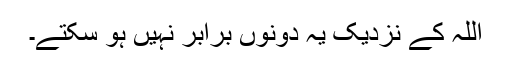
اللہ کے نزدیک یہ دونوں برابر نہیں ہو سکتے۔